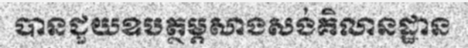
បានជួយឧបត្ថម្ភសាងសង់គិលានដ្ឋាន